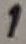
Text: 1